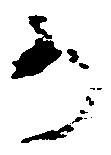
か